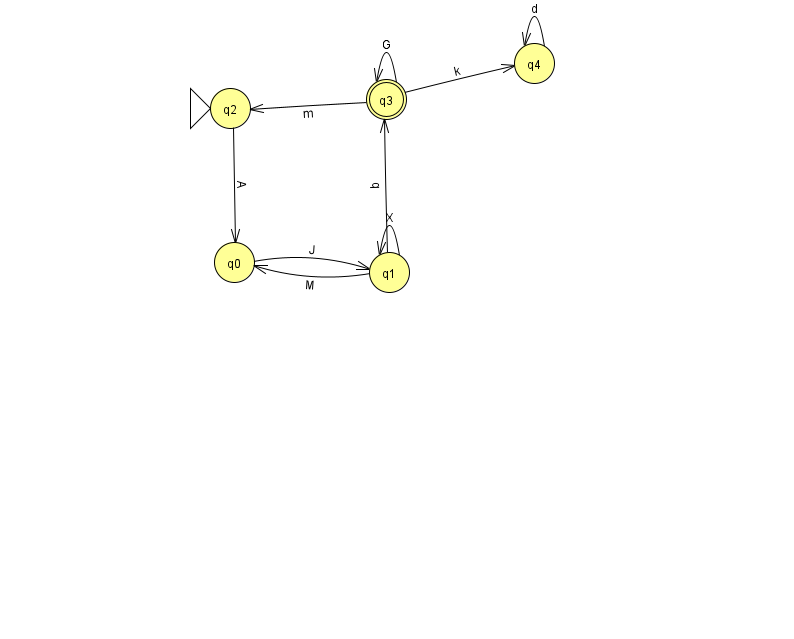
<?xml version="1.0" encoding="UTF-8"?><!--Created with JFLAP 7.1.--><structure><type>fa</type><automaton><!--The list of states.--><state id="0" name="q0"><x>234.0</x><y>249.0</y></state><state id="1" name="q1"><x>389.0</x><y>259.0</y></state><state id="2" name="q2"><x>230.0</x><y>95.0</y><initial/></state><state id="3" name="q3"><x>386.0</x><y>86.0</y><final/></state><state id="4" name="q4"><x>534.0</x><y>50.0</y></state><!--The list of transitions.--><transition><from>1</from><to>3</to><read>q</read></transition><transition><from>4</from><to>4</to><read>d</read></transition><transition><from>3</from><to>4</to><read>k</read></transition><transition><from>3</from><to>2</to><read>m</read></transition><transition><from>3</from><to>3</to><read>G</read></transition><transition><from>0</from><to>1</to><read>J</read></transition><transition><from>1</from><to>1</to><read>X</read></transition><transition><from>2</from><to>0</to><read>A</read></transition><transition><from>1</from><to>0</to><read>M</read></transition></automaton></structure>